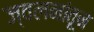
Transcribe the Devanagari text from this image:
ज्वलनांतून